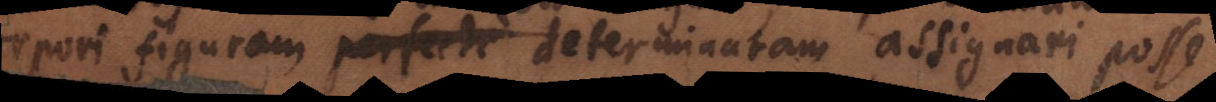
corpori figuram perfecte determinatam assignari posse